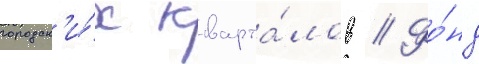
городск'и́х кварта́лов // Фо́нд